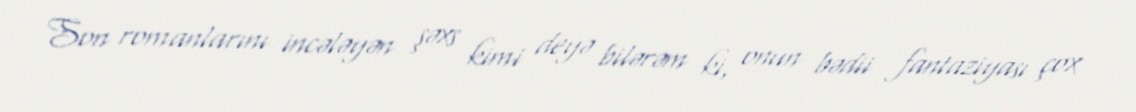
Son romanlarını incələyən şəxs kimi deyə bilərəm ki, onun bədii fantaziyası çox